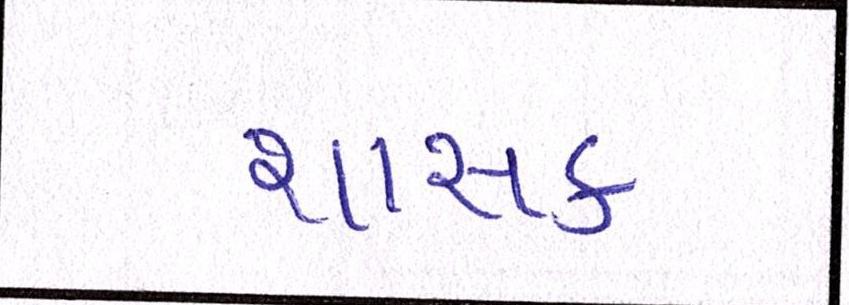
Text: શાસક